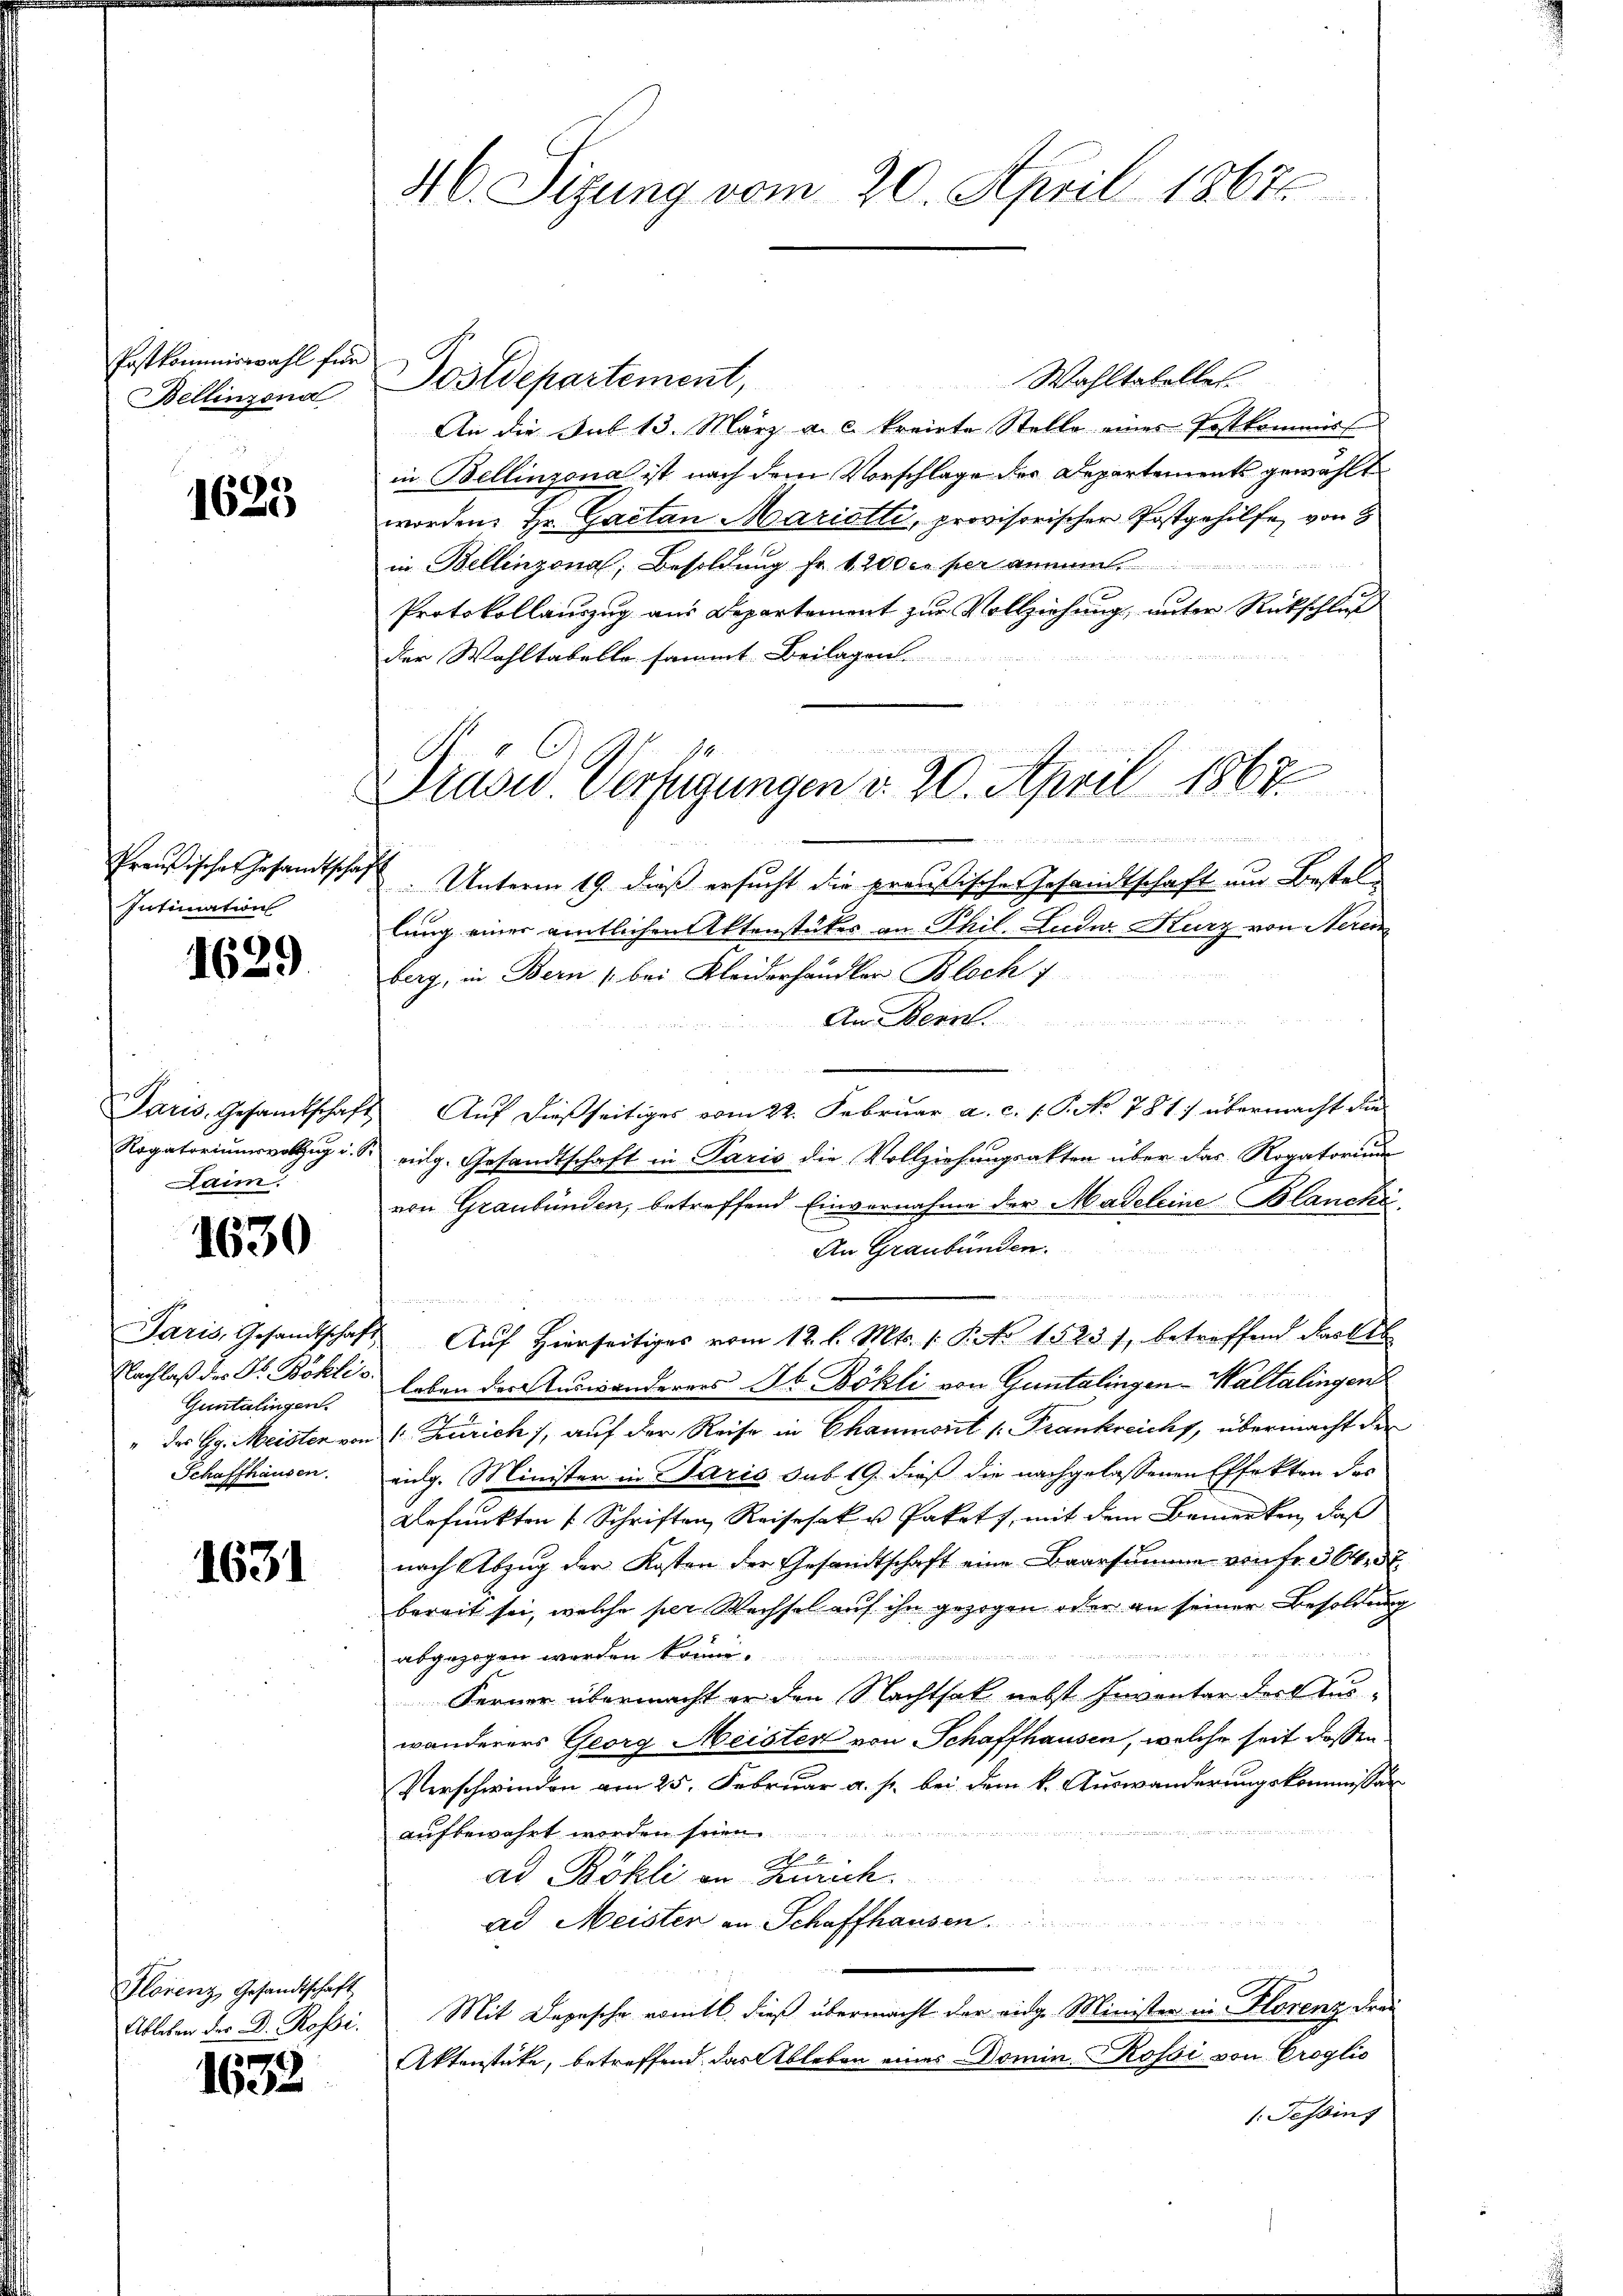
PPostkommiswahl für
Bellinzona

1625

Preußischer Gesandtschaf
Intimation

1629

Rogatoriumsvollzug i. S.
Laim.

1630

Paris, Gesandtschaft
Nachlaß der Dr. Böhli¬
Guntalingen.
das Gg. Meister von
Schaffhausen.

1631

Florenz, Gesandtschaft
Ableben der D. Rossi.

1632

46. Sizung vom 20. April 1867.

C
Drasw. Verfügungen d. 20. April 1867

Wahltatelles
Postdepartement,
An die Aut 13. März a. c. kreiste Stelle eines Festkommiss
in Bellinzona ist nach dem Vorschlage der Departements gewählt
worden: Hr. Gaetan Mariotti, provisorischer Postgehilfe, von 8
in Bellinzona, Besoldung fr. 12000 per annum
Protokollauszug aus Departement zur Vollziehung, unter Rückschluß
der Wohltabello sammt Beilagen
Unterm 19. dieß ersucht die preußische Gesandtschaft um Bestellung einer amtlichen Aktenstücker an Phil. Luder Kurz von Nerem
berg, in Bern bei Kleiderhandler Bloch f
n
An Bern.
Paris, Gesamtschaft Auf dießseitiges vom 22. Februar a. c. s. S. No 781 übermacht die
eidg. Gesandtschaft in Paris die Vollziehungsakten über das Rogatorium
von Graubünden, betreffend Einvernahme der Madeleine Blancke
An Graubünden.
e
 Auf Hierseitiges vom 12. l. Mts. 1. P. 1523), betreffend Fastta
leben das Auswanderers Jb. Bökli von Guntalingen-Waltalingen
1. Zürich), auf der Reise in Chaumont /: Frankreichs, übermacht der
eidg. Minister in Paris sub 19. dieß die nachgelassenen Effekten des
Befunkten / Schriften Reisesak u Pakets, mit dem Bemerken, daß
nach Abzug der Kosten der Gesandtschaft eine Baarsumme von fr. 364 f.
bereit sei, welche per Wechsel auf ihn gezogen oder an seiner Besoldung
                                  der ein sein werde der der der wi
abgezogen werden könne.
Ferner übermacht er den Nachtsak nebst Inventar dort auswanderers Georg Meister von Schaffhausen, welche seit dassen
Verschwinden am 25. Februar a. p. bei dem k. Auswanderungskommissär

aufbewahrt worden seien.
2
ad Bökli an Kurich.
ad Meister an Schaffhausen.
n
Mit Depesche romtl. dieß übermacht der eidge Minister in Florenz Frau
Aktenstücke, betreffend das Ableben eines Domin-Rossi von Croglio
: Tessin